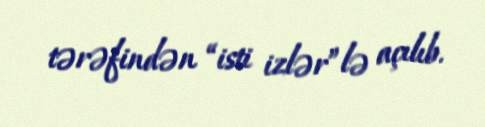
tərəfindən “isti izlər”lə açılıb.